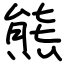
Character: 熊